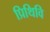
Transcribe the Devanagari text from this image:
प्रिथिवि